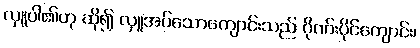
လှူပါ၏ဟု ဆို၍ လှူအပ်သောကျောင်းသည် ဂိုဏ်းပိုင်ကျောင်း၊